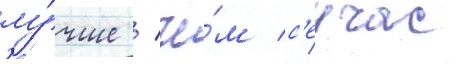
лу́чше / че́м с'еичас